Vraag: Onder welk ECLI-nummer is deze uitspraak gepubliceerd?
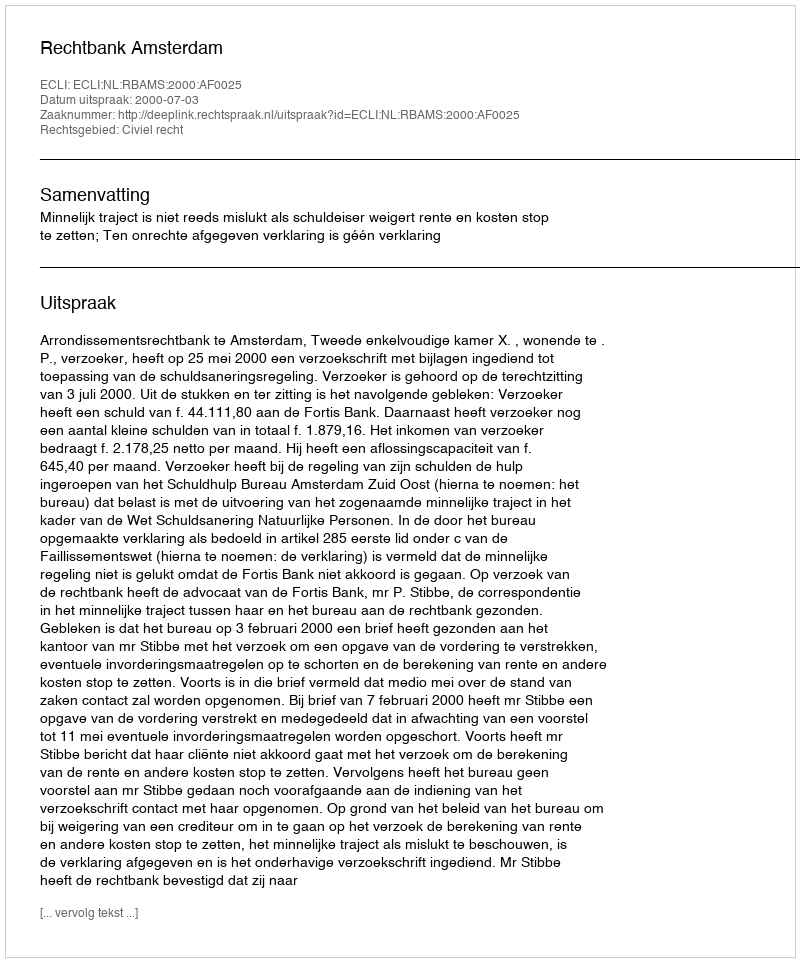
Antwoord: ECLI:NL:RBAMS:2000:AF0025